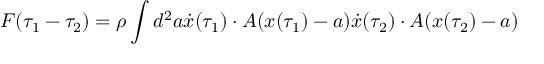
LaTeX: F ( \tau _ { 1 } - \tau _ { 2 } ) = \rho \int d ^ { 2 } a \dot { x } ( \tau _ { 1 } ) \cdot A ( x ( \tau _ { 1 } ) - a ) \dot { x } ( \tau _ { 2 } ) \cdot A ( x ( \tau _ { 2 } ) - a )